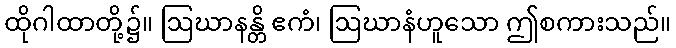
ထိုဂါထာတို့၌။ ဩဃာနန္တိ ဧကံ၊ ဩဃာနံဟူသော ဤစကားသည်။